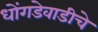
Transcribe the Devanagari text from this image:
धोंगडेवाडीचे